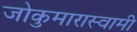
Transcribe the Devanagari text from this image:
जोकुमारास्वामी